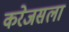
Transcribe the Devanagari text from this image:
करेजसला